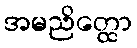
အမညိတ္ထော